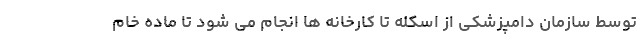
توسط سازمان دامپزشکی از اسکله تا کارخانه ها انجام می شود تا ماده خام